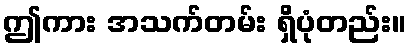
ဤကား အသက်တမ်း ရှိပုံတည်း။